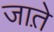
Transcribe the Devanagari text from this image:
जात़े